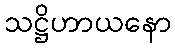
သဋ္ဌိဟာယနော